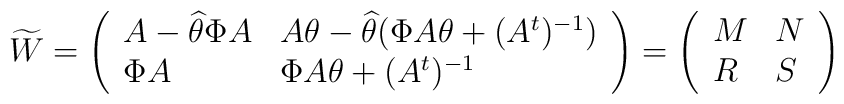
\widetilde{W}=\left( \begin{array}{ll}A-\widehat{\theta }\Phi A & A\theta -\widehat{\theta }(\Phi A\theta+(A^{t})^{-1}) \\ \Phi A & \Phi A\theta +(A^{t})^{-1}\end{array}\right) =\left( \begin{array}{ll}M & N \\ R & S\end{array}\right)